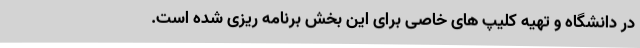
در دانشگاه و تهیه کلیپ های خاصی برای این بخش برنامه ریزی شده است.